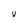
Character: V